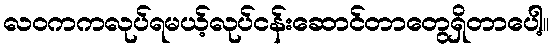
လဝကကလုပ်ရမယ့်လုပ်ငန်းဆောင်တာတွေရှိတာပေါ့။